Problem: 4 × 6 = ?
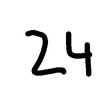
Handwritten answer: 24